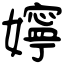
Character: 嬣